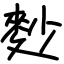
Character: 麨